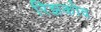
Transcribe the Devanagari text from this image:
रिझकोव